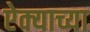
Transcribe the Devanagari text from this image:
ऐक्याच्या